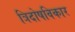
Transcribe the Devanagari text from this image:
त्रिदोषविकार